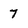
Character: 7